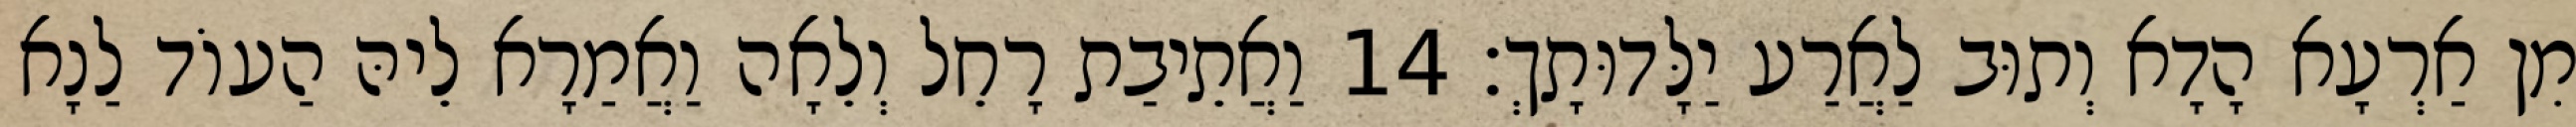
מִן אַרְעָא הָדָא וְתוּב לַאֲרַע יַלָּדוּתָךְ׃ 14 וַאֲתֵיבַת רָחֵל וְלֵאָה וַאֲמַרָא לֵיהּ הַעוֹד לַנָא